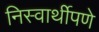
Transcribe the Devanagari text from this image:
निस्वार्थीपणे